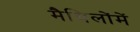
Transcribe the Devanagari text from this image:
मैथिलोंमें